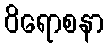
ဝိရောစနာ